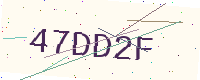
Text: 47DD2F